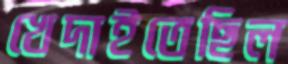
খেদাইতেছিল